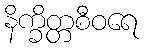
နိက္ခိတ္တစီဝရေ